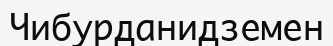
Чибурданидземен